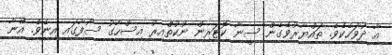
އާ ދުވަހެކެވެ. ތައްޔާރުވެގެން ސީނާ ކޮޓަރިން ނުކުތްއިރު އިސްހާގު ސޯފާގައި އިނެވެ. އޭނާ